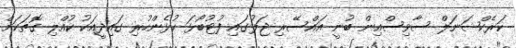
ކަރެކްޝަނަލް ސާވިސްއިން ބުނީ އައްސޭރި ޖަލުގައި ފުޓުބޯޅަ ކުޅެންހުރި ގައިދީއަކު ކުއްލި ގޮތަކަށް